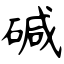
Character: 碱